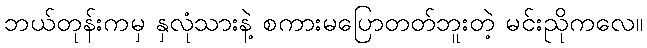
ဘယ်တုန်းကမှ နှလုံသားနဲ့ စကားမပြောတတ်ဘူးတဲ့ မင်းညိုကလေ။